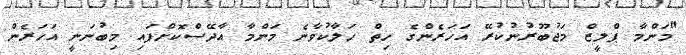
"މަންމާ ޕްލީޒް މަޖުބޫރުނުކުރޭ އަހަރެންގެ ހިތް ހަލާކުވާނެ މަންމާ އާދޭސްކޮށްފައި މިބުނަނީ އަހަރެން